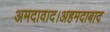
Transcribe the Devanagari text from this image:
अमदावाद।अहमदाबाद